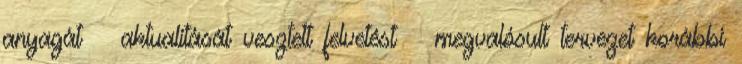
anyagát aktualitását vesztett felvetést megvalósult tervezet korábbi